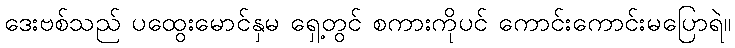
ဒေးဗစ်သည် ပထွေးမောင်နှမ ရှေ့တွင် စကားကိုပင် ကောင်းကောင်းမပြောရဲ။